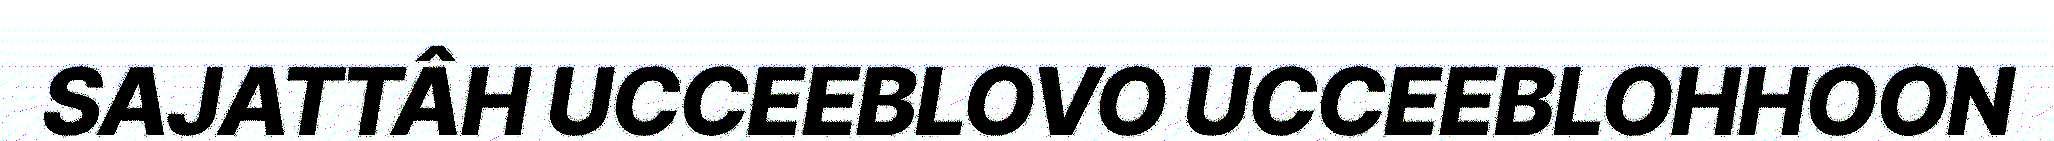
SAJATTÂH UCCEEBLOVO UCCEEBLOHHOON